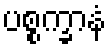
ပစ္စက္ခာနံ